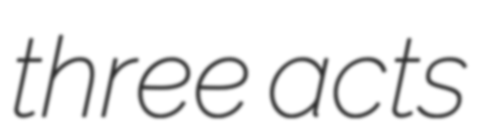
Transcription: three acts